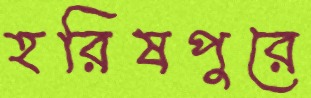
হরিষপুরে